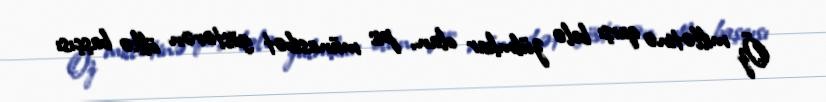
Öz millətinə qarşı belə zülmkar olan, pis münasibət göstərən ölkə başçısı